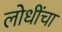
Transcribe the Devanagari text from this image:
लोधींचा